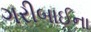
ગરીબાઈના